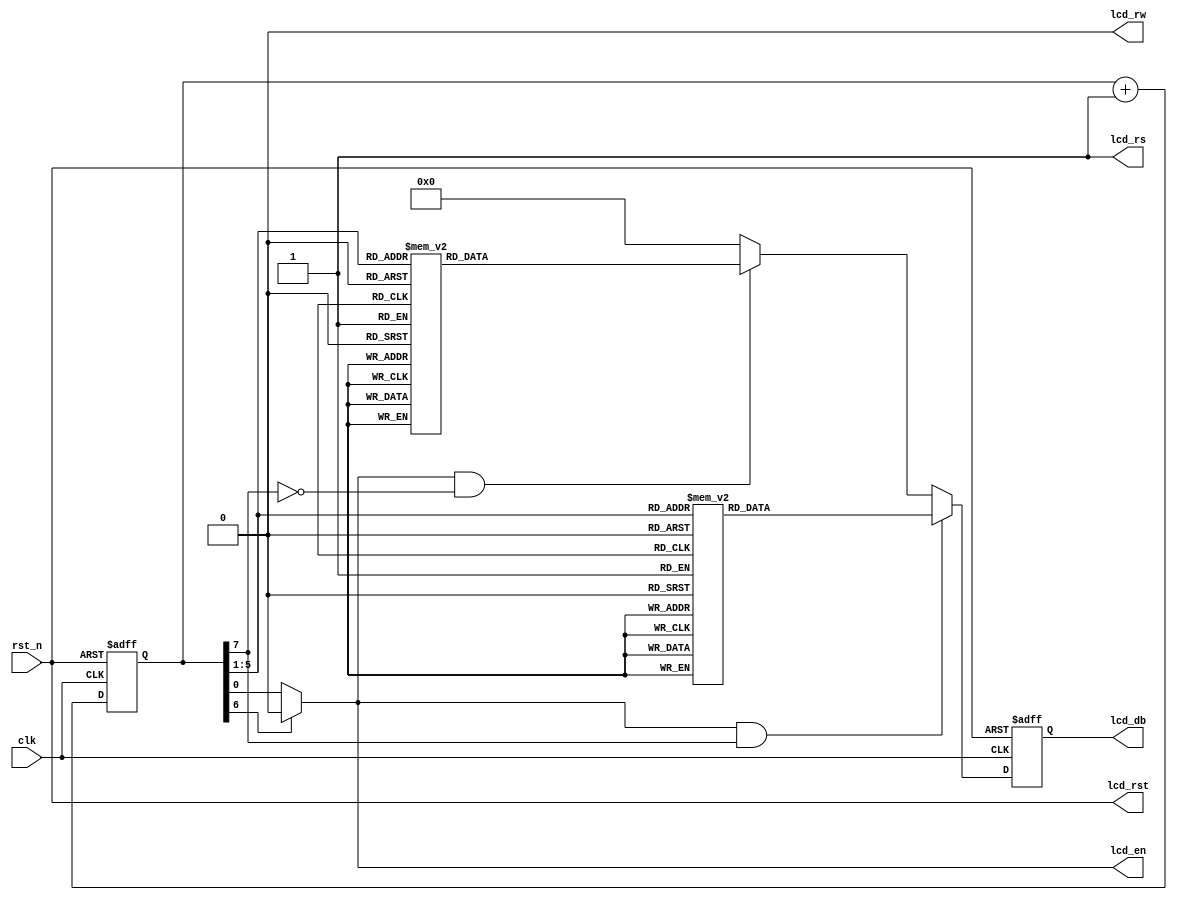
module display(
 input clk,
 input rst_n,
 output lcd_en,         // LED enable
 output lcd_rs,         // register select
                        // 0 : write command register
                        // 1 : write data register
 output lcd_rw,         // Read/Write Signal
                        // 0 : write
                        // 1 : No function
 output reg [7:0] lcd_db,
 output lcd_rst         // posedge active
 );

 reg  [7:0] tmp1;
 reg  [7:0] tmp2;
 reg  [7:0] cnt_lcd;    // counter
 wire       rst;
// ------------
// Text LCD Main Circuit
// ------------

assign rst = rst_n;
assign lcd_rw = 1'b0;
assign lcd_rs = 1'b1;
assign lcd_rst = rst;
assign lcd_en = cnt_lcd[6] ? 0 : cnt_lcd[0]; // wait after display

//assign lcd_en = cnt_lcd[0];   // transfer data at negedge

always @(posedge clk or posedge rst)
   if (rst) lcd_db <= 0;   // reset
   else if (lcd_en & cnt_lcd[7]) lcd_db <= tmp1;   // text 1
   else if (lcd_en & ~cnt_lcd[7]) lcd_db <= tmp2;  // text 2
   else lcd_db <= 0;       // default

always @(posedge clk or posedge rst)
   if (rst) cnt_lcd <= 0;  // reset
   else  cnt_lcd <= cnt_lcd + 1;


always @(cnt_lcd)
   case(cnt_lcd[5:1])   // 5 bits stand for 2^5=32 states
   'h0 : tmp1 = 'h0A;   // *
   'h1 : tmp1 = 'h0A;   // *
   'h2 : tmp1 = 'h00;   // space
   'h3 : tmp1 = 'h37;   // W
   'h4 : tmp1 = 'h45;   // e
   'h5 : tmp1 = 'h4C;   // l
   'h6 : tmp1 = 'h43;   // c
   'h7 : tmp1 = 'h4F;   // o
   'h8 : tmp1 = 'h4D;   // m
   'h9 : tmp1 = 'h45;   // e
   'hA : tmp1 = 'h00;   // space
   'hB : tmp1 = 'h34;   // T
   'hC : tmp1 = 'h4F;   // o
   'hD : tmp1 = 'h00;   // space
   'hE : tmp1 = 'h0A;   // *
   'hF : tmp1 = 'h0A;   // *
   'h10 : tmp1 = 'h0A;  // *
   'h11 : tmp1 = 'h0A;  // *
   'h12 : tmp1 = 'h00;  // space
   'h13 : tmp1 = 'h26;  // F
   'h14 : tmp1 = 'h30;  // P
   'h15 : tmp1 = 'h27;  // G
   'h16 : tmp1 = 'h21;  // A
   'h17 : tmp1 = 'h00;  // space
   'h18 : tmp1 = 'h37;  // W
   'h19 : tmp1 = 'h2F;  // O
   'h1A : tmp1 = 'h32;  // R
   'h1B : tmp1 = 'h2C;  // L
   'h1C : tmp1 = 'h24;  // D
   'h1D : tmp1 = 'h00;  // space
   'h1E : tmp1 = 'h0A;  // *
   'h1F : tmp1 = 'h0A;  // *
   default : tmp1 = 'h00;
   endcase

always @(cnt_lcd)
   case(cnt_lcd[5:1])
   'h0 : tmp2 = 'h0B; // +
   'h1 : tmp2 = 'h0B; // +
   'h2 : tmp2 = 'h00; // space
   'h3 : tmp2 = 'h33; // S
   'h4 : tmp2 = 'h55; // u
   'h5 : tmp2 = 'h4E; // n
   'h6 : tmp2 = 'h3A; // Z
   'h7 : tmp2 = 'h48; // h
   'h8 : tmp2 = 'h4F; // o
   'h9 : tmp2 = 'h4E; // n
   'hA : tmp2 = 'h47; // g
   'hB : tmp2 = 'h4A; // j
   'hC : tmp2 = 'h49; // i
   'hD : tmp2 = 'h00; // space
   'hE : tmp2 = 'h0B; // +
   'hF : tmp2 = 'h0B; // +
   'h10 : tmp2 = 'h0B; // +
   'h11 : tmp2 = 'h00; // space
   'h12 : tmp2 = 'h39; // Y
   'h13 : tmp2 = 'h4F; // o
   'h14 : tmp2 = 'h55; // u
   'h15 : tmp2 = 'h52; // r
   'h16 : tmp2 = 'h00; // space
   'h17 : tmp2 = 'h2D; // M
   'h18 : tmp2 = 'h41; // a
   'h19 : tmp2 = 'h4A; // j
   'h1A : tmp2 = 'h45; // e
   'h1B : tmp2 = 'h53; // s
   'h1C : tmp2 = 'h54; // t
   'h1D : tmp2 = 'h59; // y
   'h1E : tmp2 = 'h00; // space
   'h1F : tmp2 = 'h0B; // +
   default : tmp2 = 'h00;
   endcase

endmodule